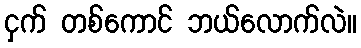
ငှက် တစ်ကောင် ဘယ်လောက်လဲ။